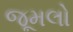
જૂમલો